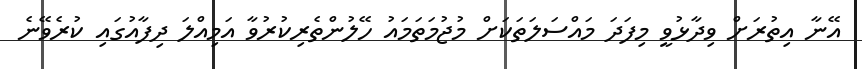
އޭނާ އިތުރަށް ވިދާޅުވީ މިފަދަ މައްސަލަތަކަށް މުޖުމަތަމައު ހޭލުންތެރިކުރުވާ އަމިއްލަ ދިފާއުގައި ކުރެވޭނެ